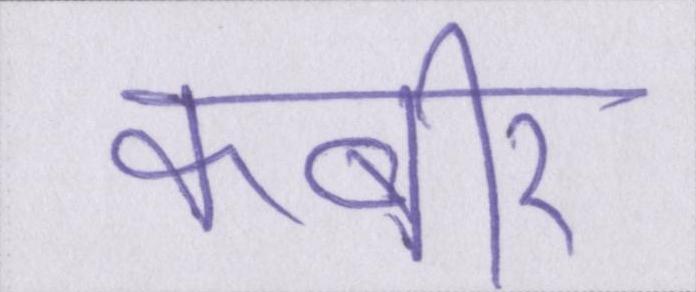
कबीर